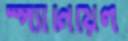
স্প্যানিয়েল